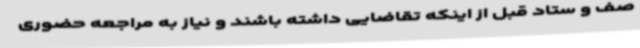
صف و ستاد قبل از اینکه تقاضایی داشته باشند و نیاز به مراجعه حضوری